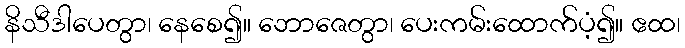
နိသီဒါပေတွာ၊ နေစေ၍။ ဘောဇေတွာ၊ ပေးကမ်းထောက်ပံ့၍။ ဧထ၊